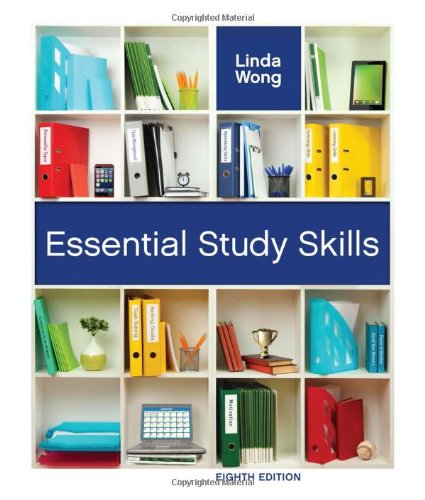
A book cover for Essential Study Skills (Textbook-specific CSFI); Linda Wong; Education & Teaching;